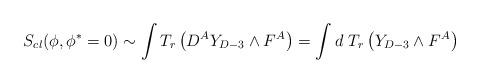
LaTeX: \begin{align*}S_{cl}(\phi,\phi^*=0) \sim \int T_r\left(D^AY_{D-3}\wedge F^A\right)=\int d\ T_r\left(Y_{D-3}\wedge F^A\right)\end{align*}